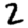
Digit: 2